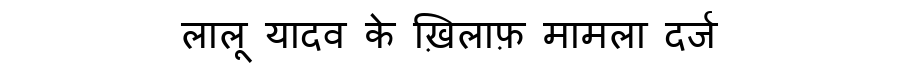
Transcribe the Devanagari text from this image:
लालू यादव के ख़िलाफ़ मामला दर्ज